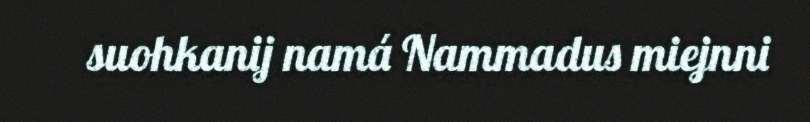
suohkanij namá Nammadus miejnni